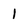
Character: 1